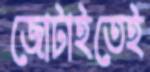
জোটাইতেই